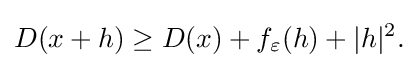
\displaystyle {D(x+h)\geq D(x)+f_{\varepsilon }(h)+|h|^{2}.}